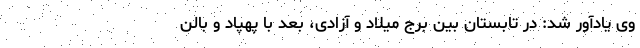
وی یادآور شد: در تابستان بین برج میلاد و آزادی، بعد با پهپاد و بالن